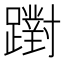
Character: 𨆷